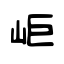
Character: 岠